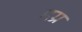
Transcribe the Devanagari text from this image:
मग्र